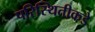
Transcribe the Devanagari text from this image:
परिस्थितीकडे